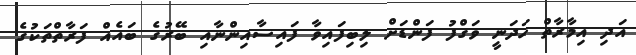
އަދި އިމާރާތް ހަދަނީ ވަގްފު ފަންޑަށް ލިބިފައިވާ ފައިސާއިންނާއި ބޭރުގެ ބައެއް ފަރާތްތަކުގެ